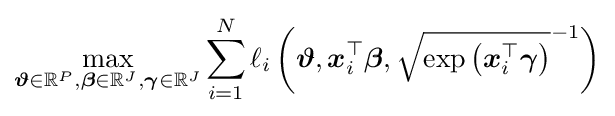
\max _{{\boldsymbol {\vartheta }}\in \mathbb {R} ^{P},{\boldsymbol {\beta }}\in \mathbb {R} ^{J},{\boldsymbol {\gamma }}\in \mathbb {R} ^{J}}\sum _{i=1}^{N}\ell _{i}\left({\boldsymbol {\vartheta }},{\boldsymbol {x}}_{i}^{\top }{\boldsymbol {\beta }},{\sqrt {\exp \left({\boldsymbol {x}}_{i}^{\top }{\boldsymbol {\gamma }}\right)}}^{-1}\right)